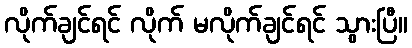
လိုက်ချင်ရင် လိုက် မလိုက်ချင်ရင် သွားပြီ။